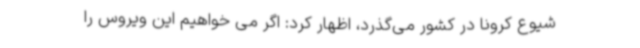
شیوع کرونا در کشور می‌گذرد، اظهار کرد: اگر می خواهیم این ویروس را